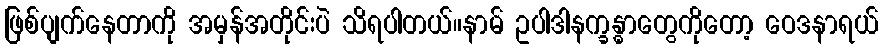
ဖြစ်ပျက်နေတာကို အမှန်အတိုင်းပဲ သိရပါတယ်။နာမ် ဥပါဒါနက္ခန္ဓာတွေကိုတော့ ဝေဒနာရယ်